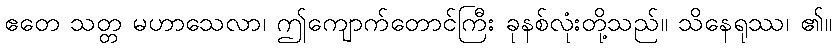
ဧတေ သတ္တ မဟာသေလာ၊ ဤကျောက်တောင်ကြီး ခုနစ်လုံးတို့သည်။ သိနေရုဿ၊ ၏။